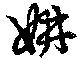
妍